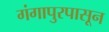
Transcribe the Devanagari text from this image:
गंगापुरपासून